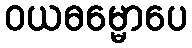
ဝယဓမ္မောပေ